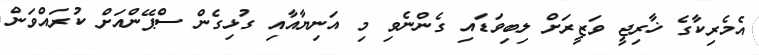
އެމެރިކާގެ ޚާރިޖީ ވަޒީރަށް ލިބިވަޑައި ގެންނެވި މި އަނިޔާއާއި ގުޅިގެން ސްޕޭންއަށް ކުރައްވަން